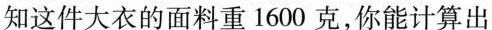
知这件大衣的面料重1600克，你能计算出